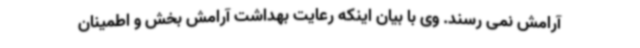
آرامش نمی رسند. وی با بیان اینکه رعایت بهداشت آرامش بخش و اطمینان